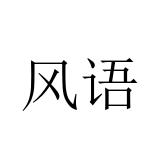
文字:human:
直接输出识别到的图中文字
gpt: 风语